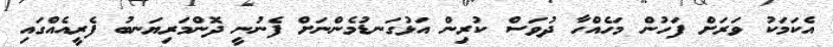
އެކަމަކު ވަރަށް ފަހުން މަހެއްހާ ދުވަސް ކުރިން އަޅުގަނޑުމެންނަށް ފެނުނީ ދޮންމަރިޔަނބު ފެރީއެއްގައި